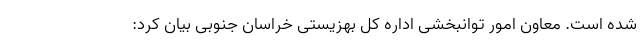
شده است. معاون امور توانبخشی اداره کل بهزیستی خراسان جنوبی بیان کرد: